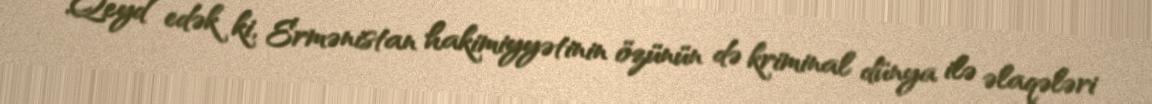
Qeyd edək ki, Ermənistan hakimiyyətinin özünün də kriminal dünya ilə əlaqələri